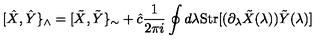
[ \hat { X } , \hat { Y } \} _ { \wedge } = [ \tilde { X } , \tilde { Y } \} _ { \sim } + \hat { c } \frac { 1 } { 2 \pi i } \oint d \lambda \mathrm { S t r } [ ( \partial _ { \lambda } \tilde { X } ( \lambda ) ) \tilde { Y } ( \lambda ) ]